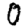
Digit: 0